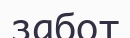
забот